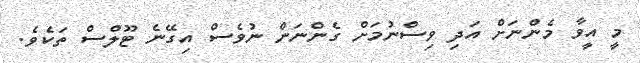
މީ އީވާ މެންނަށް އަދި ވިސްނުމަށް ގެންނަން ނުވެސް އިގޭނެ ޓޫލްސް ތަކެވެ.